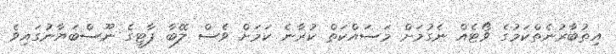
އިތުބާރުނެތްކަމުގެ ވޯޓެއް ނެގުމަށް މަސައްކަތް ކުރާނެ ކަމަށް ވެސް ލޭބާ ޕާޓީގެ ނޫސްބަޔާނުގައިވެ